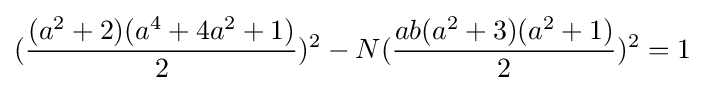
({\frac {(a^{2}+2)(a^{4}+4a^{2}+1)}{2}})^{2}-N({\frac {ab(a^{2}+3)(a^{2}+1)}{2}})^{2}=1